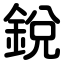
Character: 銳